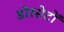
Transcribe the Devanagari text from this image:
डोरसेटों